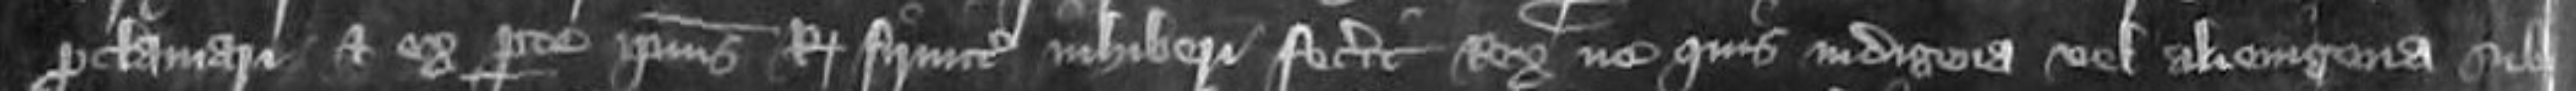
proclamari et ex parte ipsius Regis firmiter inhiberi fecerit Rex ne quis indigena vel alienigena sub